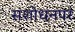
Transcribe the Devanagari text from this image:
संशाेधनपर